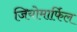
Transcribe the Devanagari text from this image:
जियोमार्फिल